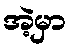
အဲ့မှာ